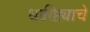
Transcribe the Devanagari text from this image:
धारिष्ट्याचे